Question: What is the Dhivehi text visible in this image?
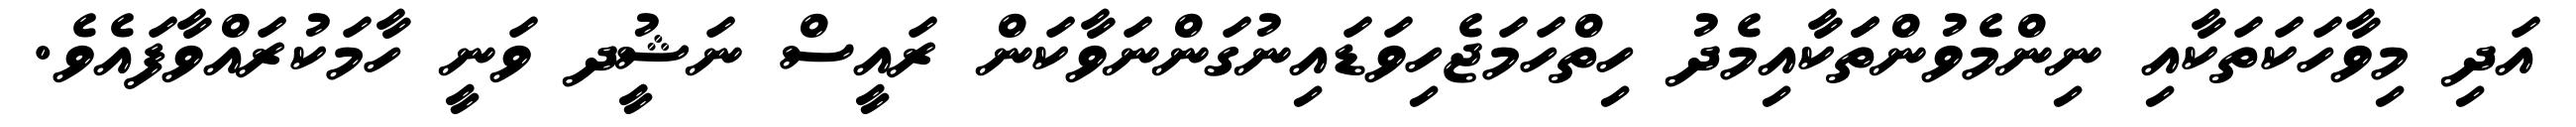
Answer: އަދި މިވާހަކަތަކާއި ނިންމެވުންތަަކާއިމެދު ހިތްހަމަޖެހިވަޑައިނުގަންނަވާކަން ރައީސް ނަޝީުދ ވަނީ ހާމަކުރައްވާފައެވެ.